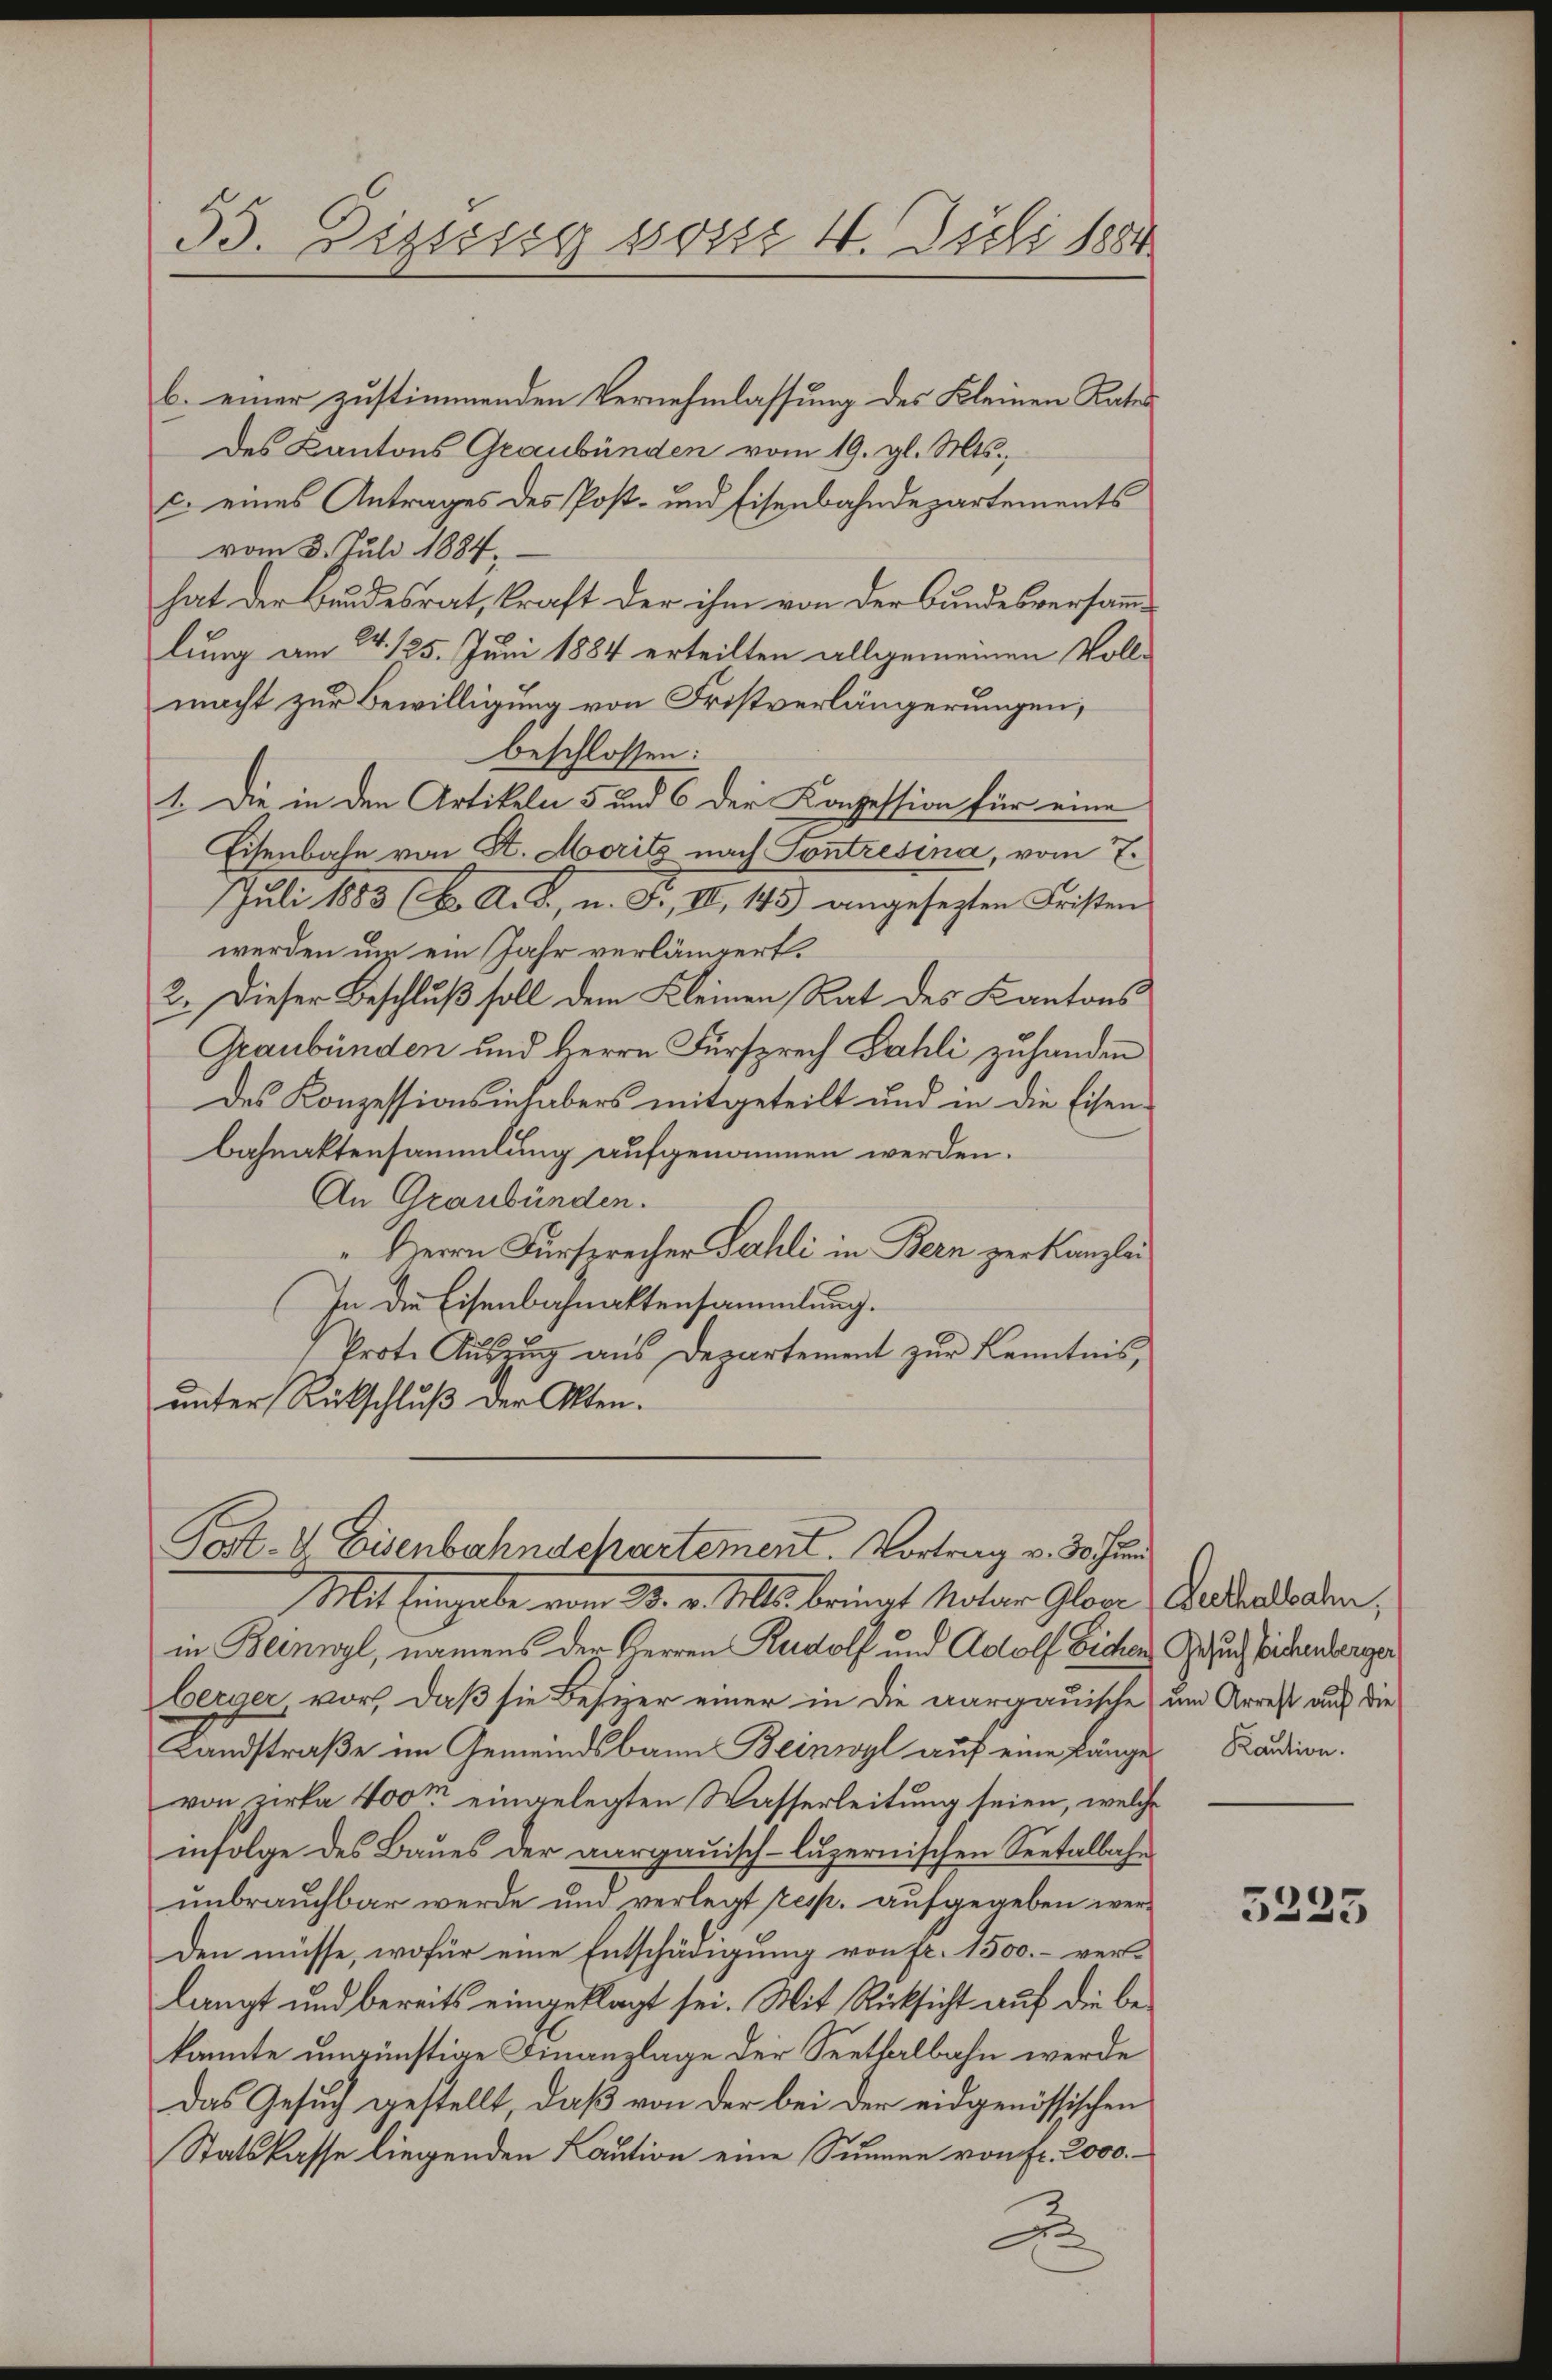
53. Dessig soser 4. Juli 1884

b. einer zustimmenden Vernehmlassung des Kleinen Rates
des Kantons Graubünden vom 19. gl. Mts.,
c. eines Antrages des Post- und Eisenbahndepartements
vom 3. Juli 1884.
hat der Bundesrat, kraft der ihm von der Bundesversammlung am 24. 125. Juni 1884 erteilten allgemeinen Vollmacht zur Bewilligung von Fristverlängerungen,
beschlossen:
1. Die in den Artikeln 5 und 6 der Konzession für eine
Eisenbahn von St. Moritz nach Contresina, vom 7.
Juli 1883 (6. A. B., u. J., III, 143 angesezten Fristen
werden um ein Jahr verlängert.
2. Dieser Beschluß soll dem Kleinen Rat des Kantons
Graubünden und Herrn Fürsprech Fahli zuhanden
des Konzessionsinhabers mitgeteilt und in die Eisen-
bahnaktensammlung aufgenommen werden.
An Graubünden.
" Herrn Fürsprecher Sahli in Bern zerkanzlic
In die Eisenbahnaktensammlung.
Prote Auszug aus Departement zur Kenntnis,
unter Rückschluß der Akten.

Post- & Eisenbahnschartement. Vortrag v. 30. Jun

Mit Eingabe vom 20. v. Ms. bringt Notar Gloge Geldenden,
in Beinwyl, namens der Herren Rudolf und Adolf Sichen Gesuch sichenberger
berger vor, daß sie Besier einer in die aargauische um Arrest auf die
Landstraße im Gemeindsbann Beinwyl auf eine Länge Kaution.
von, zirka 400m eingelegten Wasserleitung seien, welche
infolge des Baues der aargauisch-luzernischen Seetalbahunbrauchbar werde und verlegt resp. aufgegeben werden müsse, wofür eine Entschädigung von fr. 1500.- verlangt und bereits eingeklagt sei. Mit Rücksicht auf die bekannte ungünstige Finanzlage der Seethalbahn werde
Das Gesuch gestellt, daß von der bei der eidgenössischen
Statskasse liegenden Kaution eine Summe von fr. 2000.
A

3235